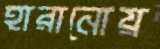
হারানোয়